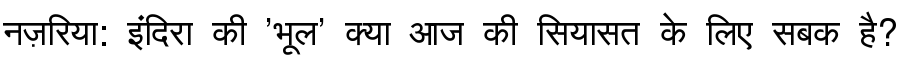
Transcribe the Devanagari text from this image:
नज़रिया: इंदिरा की 'भूल' क्या आज की सियासत के लिए सबक है?